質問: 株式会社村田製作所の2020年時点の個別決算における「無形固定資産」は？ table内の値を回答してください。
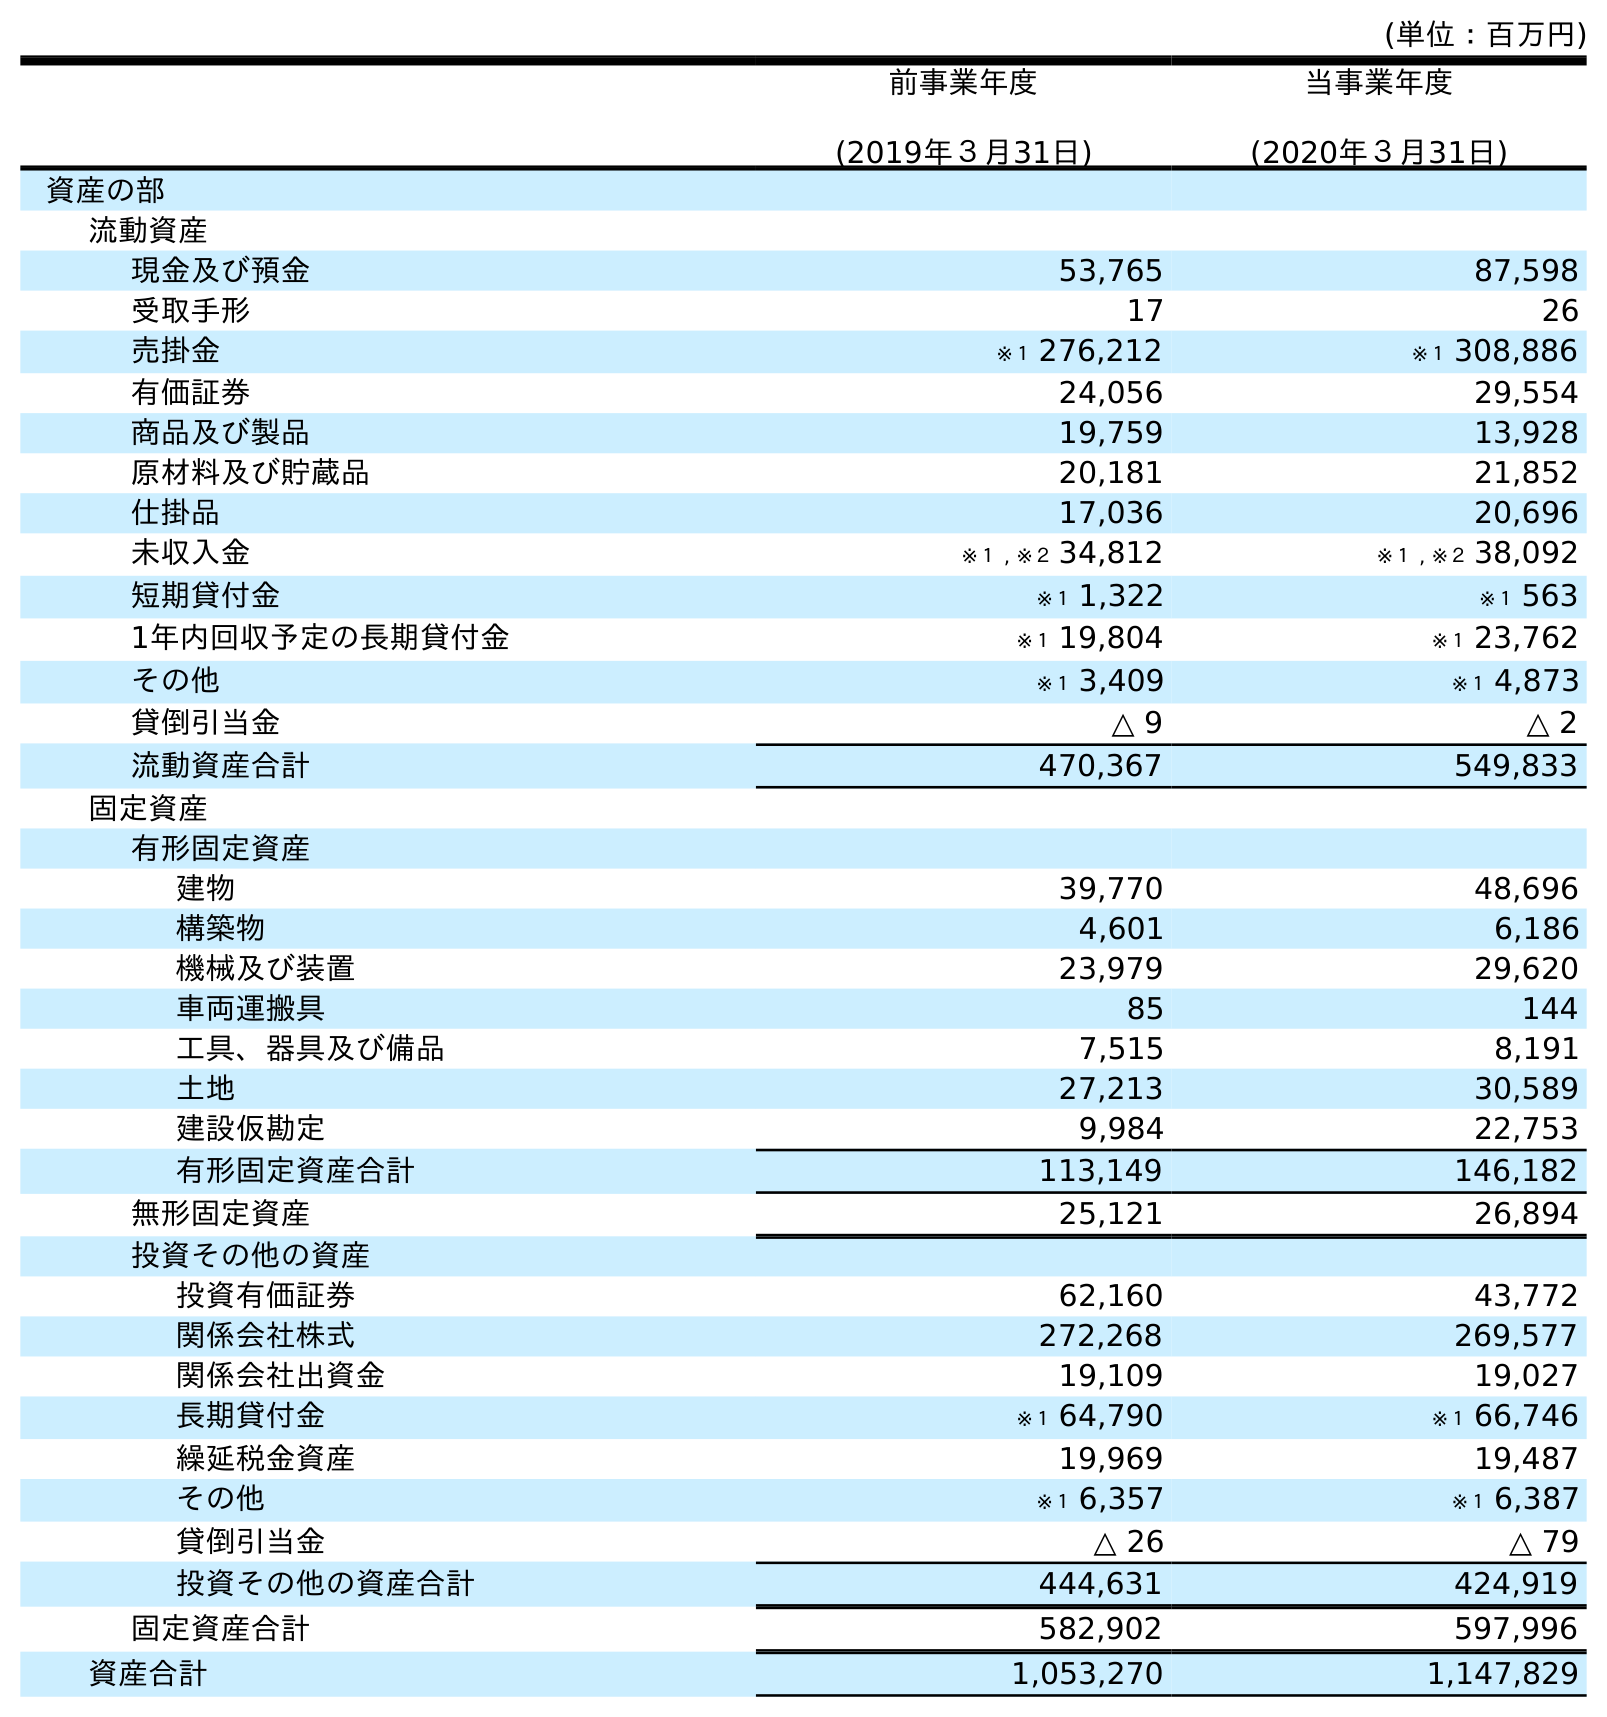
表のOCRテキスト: (単位：百万円) 前事業年度 (2019年３月31日) 当事業年度 (2020年３月31日) 資産の部 流動資産 現金及び預金 53,765 87,598 受取手形 17 26 売掛金 ※１ 276,212 ※１ 308,886 有価証券 24,056 29,554 商品及び製品 19,759 13,928 原材料及び貯蔵品 20,181 21,852 仕掛品 17,036 20,696 未収入金 ※１ , ※２ 34,812 ※１ , ※２ 38,092 短期貸付金 ※１ 1,322 ※１ 563 1年内回収予定の長期貸付金 ※１ 19,804 ※１ 23,762 その他 ※１ 3,409 ※１ 4,873 貸倒引当金 △ 9 △ 2 流動資産合計 470,367 549,833 固定資産 有形固定資産 建物 39,770 48,696 構築物 4,601 6,186 機械及び装置 23,979 29,620 車両運搬具 85 144 工具、器具及び備品 7,515 8,191 土地 27,213 30,589 建設仮勘定 9,984 22,753 有形固定資産合計 113,149 146,182 無形固定資産 25,121 26,894 投資その他の資産 投資有価証券 62,160 43,772 関係会社株式 272,268 269,577 関係会社出資金 19,109 19,027 長期貸付金 ※１ 64,790 ※１ 66,746 繰延税金資産 19,969 19,487 その他 ※１ 6,357 ※１ 6,387 貸倒引当金 △ 26 △ 79 投資その他の資産合計 444,631 424,919 固定資産合計 582,902 597,996 資産合計 1,053,270 1,147,829
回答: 26,894